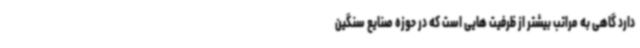
دارد گاهی به مراتب بیشتر از ظرفیت هایی است که در حوزه صنایع سنگین